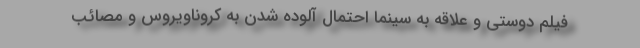
فیلم دوستی و علاقه به سینما احتمال آلوده شدن به کروناویروس و مصائب